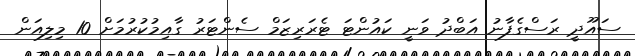
ސައޫދީ ރަސްގެފާނު އަބްދު ވަނީ ކައުންޓަ ޓެރަރިޒަމް ސެންޓަރު ގާއިމުކުރުމަށް 10 މިލިއަން